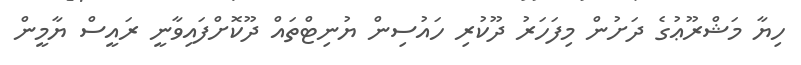
ހިޔާ މަޝްރޫޢުގެ ދަށުން މިފަހަރު ދޫކުރި ހައުސިން ޔުނިޓްތައް ދޫކޮށްފައިވާނީ ރައީސް ޔާމީން